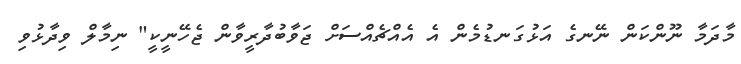
މާދަމާ ނޫންކަން ނޭނގެ އަޅުގަނޑުމެން އެ އެއްޗެއްސަށް ޖަވާބުދާރީވާން ޖެހޭނީކީ" ނިމާލް ވިދާޅުވި